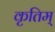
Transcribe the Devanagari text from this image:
कृतिम्